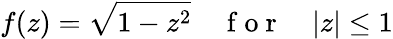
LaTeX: f(z)=\sqrt{1-z^{2}}\quad\mathrm{~f~o~r~}\quad|z|\leq 1